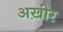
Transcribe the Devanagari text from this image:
अख़ीर